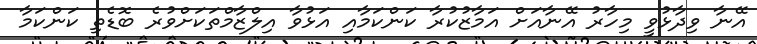
އޭނާ ވިދާޅުވީ މިހާރު އޭނާއަށް އަމާޒުކުރާ ކަންކަމާއި އަޅުވާ އިލްޒާމްތަކަށްވުރެ ބޮޑެތި ކަންކަމާ